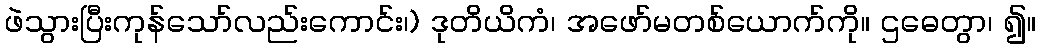
ဖဲသွားပြီးကုန်သော်လည်းကောင်း၊) ဒုတိယိကံ၊ အဖော်မတစ်ယောက်ကို။ ဌဓေတွာ၊ ၍။